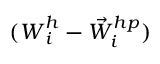
( \boldsymbol { W } _ { i } ^ { h } - { \vec { W } } _ { i } ^ { h p } )